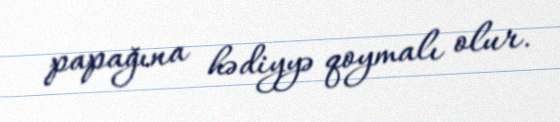
papağına hədiyyə qoymalı olur.